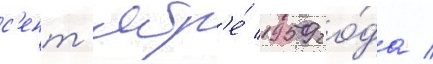
с'ент'ябр'е́ 1959 го́да /